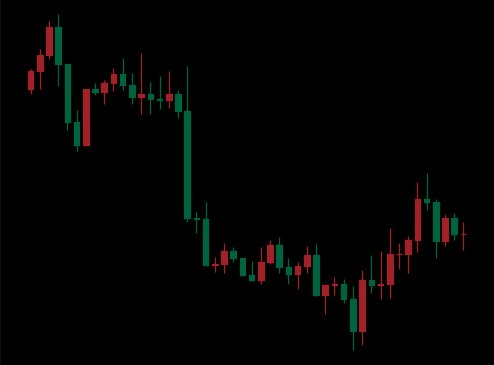
Pattern: bull_flag